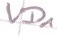
Text: VD1